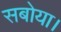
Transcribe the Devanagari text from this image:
सबोया।